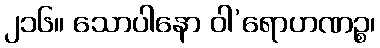
၂၁၆။ သောပါနော ဝါ’ရောဟဏဉ္စ၊